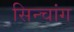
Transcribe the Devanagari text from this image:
सिन्चांग